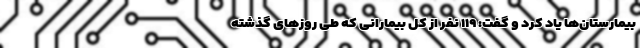
بیمارستان‌ها یاد کرد و گفت: ۱۱۹ نفر از کل بیمارانی که طی روزهای گذشته